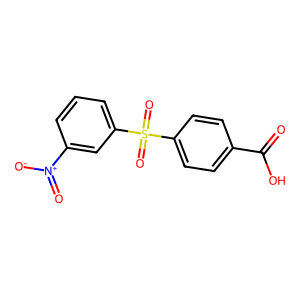
SMILES: O=C(O)c1ccc(S(=O)(=O)c2cccc([N+](=O)[O-])c2)cc1
Inhibits HIV replication: No